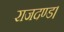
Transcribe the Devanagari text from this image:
राजदण्ड।